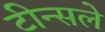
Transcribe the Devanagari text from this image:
टीन्सले